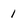
Character: 1